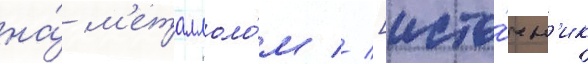
на́ м'еталлоло́м // [исто́чн'ик